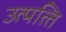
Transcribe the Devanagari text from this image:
उत्पत्‍ति